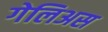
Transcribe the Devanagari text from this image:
गेलिअस